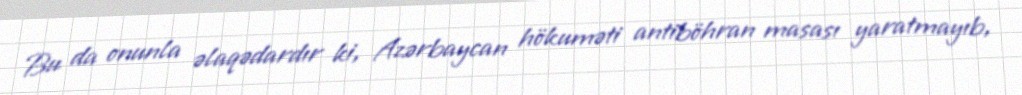
Bu da onunla əlaqədardır ki, Azərbaycan hökuməti antiböhran masası yaratmayıb,